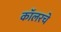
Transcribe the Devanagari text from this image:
कॉलरचे